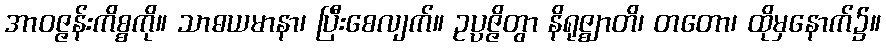
အာဝဇ္ဇန်းကိစ္စကို။ သာဓယမာနာ၊ ပြီးစေလျက်။ ဥပ္ပဇ္ဇိတွာ နိရုဇ္ဈာတိ၊ တတော၊ ထိုမှနောက်၌။